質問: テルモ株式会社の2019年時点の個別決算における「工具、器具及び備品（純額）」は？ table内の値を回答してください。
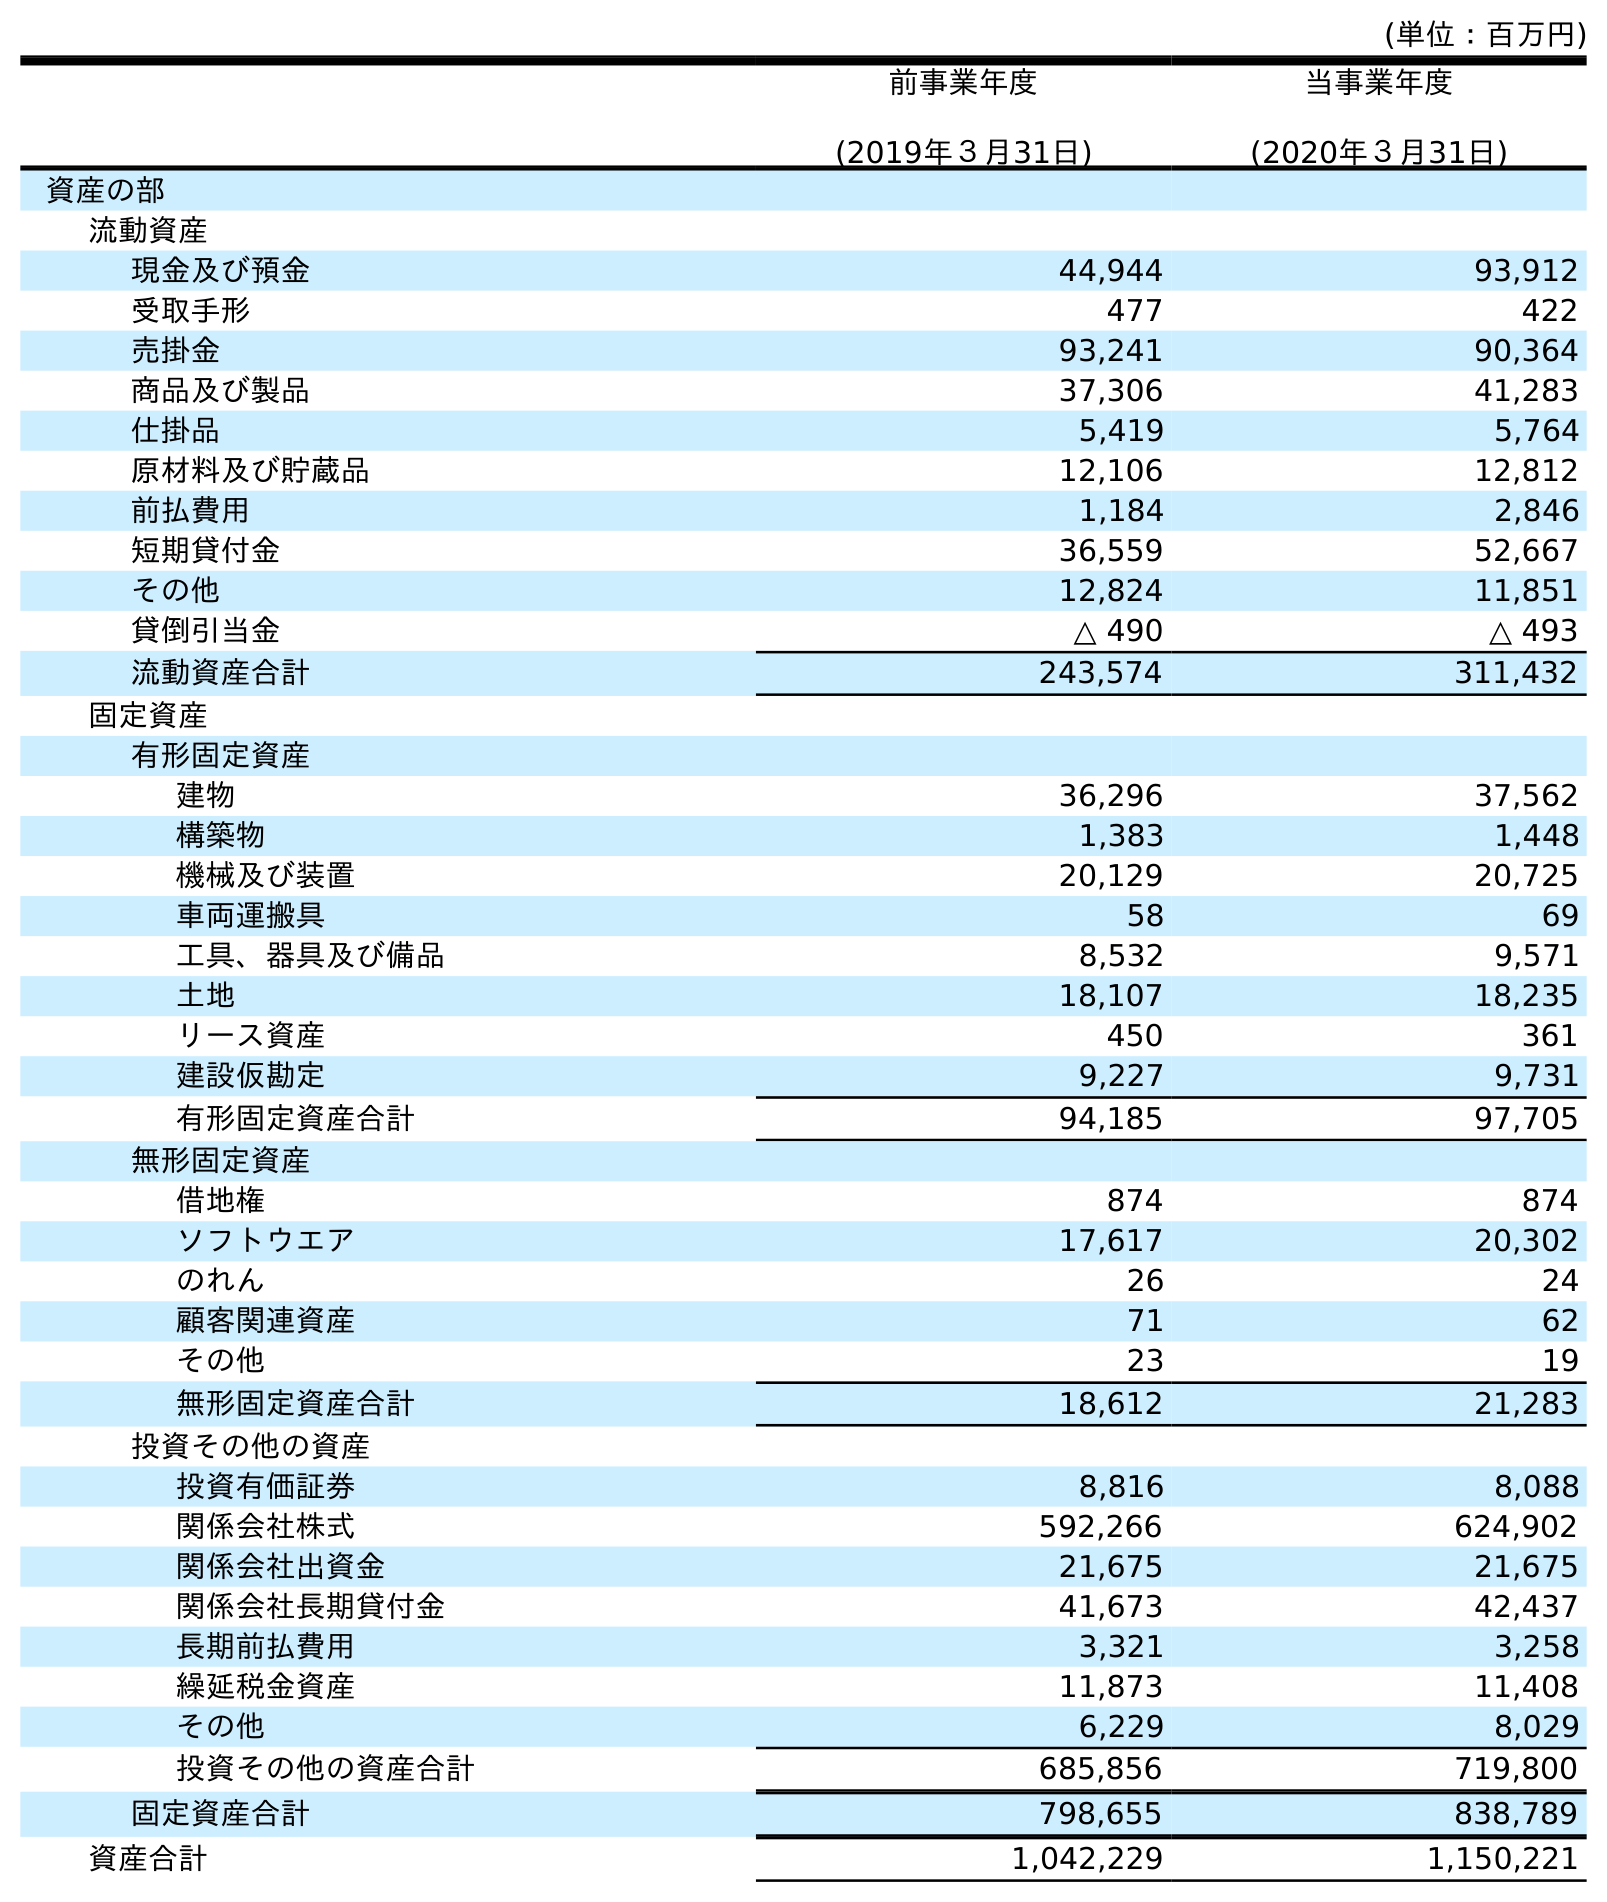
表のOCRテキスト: (単位：百万円) 前事業年度 (2019年３月31日) 当事業年度 (2020年３月31日) 資産の部 流動資産 現金及び預金 44,944 93,912 受取手形 477 422 売掛金 93,241 90,364 商品及び製品 37,306 41,283 仕掛品 5,419 5,764 原材料及び貯蔵品 12,106 12,812 前払費用 1,184 2,846 短期貸付金 36,559 52,667 その他 12,824 11,851 貸倒引当金 △ 490 △ 493 流動資産合計 243,574 311,432 固定資産 有形固定資産 建物 36,296 37,562 構築物 1,383 1,448 機械及び装置 20,129 20,725 車両運搬具 58 69 工具、器具及び備品 8,532 9,571 土地 18,107 18,235 リース資産 450 361 建設仮勘定 9,227 9,731 有形固定資産合計 94,185 97,705 無形固定資産 借地権 874 874 ソフトウエア 17,617 20,302 のれん 26 24 顧客関連資産 71 62 その他 23 19 無形固定資産合計 18,612 21,283 投資その他の資産 投資有価証券 8,816 8,088 関係会社株式 592,266 624,902 関係会社出資金 21,675 21,675 関係会社長期貸付金 41,673 42,437 長期前払費用 3,321 3,258 繰延税金資産 11,873 11,408 その他 6,229 8,029 投資その他の資産合計 685,856 719,800 固定資産合計 798,655 838,789 資産合計 1,042,229 1,150,221
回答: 8,532